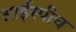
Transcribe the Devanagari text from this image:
आईस्पीच